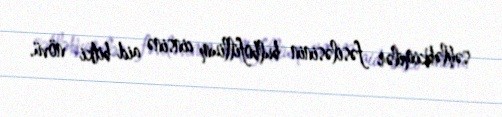
səhləbkimilər fəsiləsinin bulbofillium cinsinə aid bitki növü.